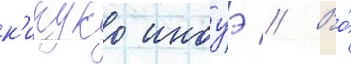
к'икуко иноуэ // Во́